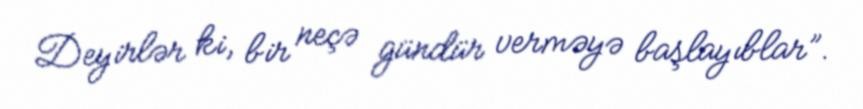
Deyirlər ki, bir neçə gündür verməyə başlayıblar”.